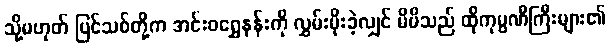
သို့မဟုတ် ပြင်သစ်တို့က အင်းဝရွှေနန်းကို လွှမ်းမိုးခဲ့လျှင် မိမိသည် ထိုကုမ္ပဏီကြီးများ၏